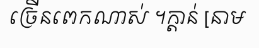
ច្រើនពេកណាស់ ។ក្តាន់ [នាម